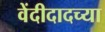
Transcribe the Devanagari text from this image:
वेंदीदादच्या